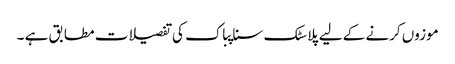
موزوں کرنے کے لیے پلاسٹک سناپباک کی تفصیلات مطابق ہے ۔